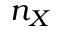
n _ { X }